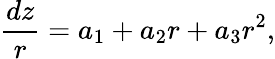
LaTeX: \frac{dz}{r}=a_{1}+a_{2}r+a_{3}r^{2},